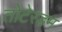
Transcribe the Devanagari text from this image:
तोटेरडम